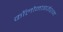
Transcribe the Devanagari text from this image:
कॉलोनाइज़ेशन